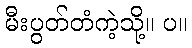
မီးပွတ်တံကဲ့သို့။ ပ။